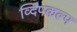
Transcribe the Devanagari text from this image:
व्दिपकल्प